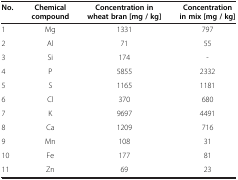
<table><thead><tr><td><b>No.</b></td><td><b>Chemical compound</b></td><td><b>Concentration in wheat bran [mg / kg]</b></td><td><b>Concentration in mix [mg / kg]</b></td></tr></thead><tbody><tr><td>1</td><td>Mg</td><td>1331</td><td>797</td></tr><tr><td>2</td><td>Al</td><td>71</td><td>55</td></tr><tr><td>3</td><td>Si</td><td>174</td><td>-</td></tr><tr><td>4</td><td>P</td><td>5855</td><td>2332</td></tr><tr><td>5</td><td>S</td><td>1165</td><td>1181</td></tr><tr><td>6</td><td>Cl</td><td>370</td><td>680</td></tr><tr><td>7</td><td>K</td><td>9697</td><td>4491</td></tr><tr><td>8</td><td>Ca</td><td>1209</td><td>716</td></tr><tr><td>9</td><td>Mn</td><td>108</td><td>31</td></tr><tr><td>10</td><td>Fe</td><td>177</td><td>81</td></tr><tr><td>11</td><td>Zn</td><td>69</td><td>23</td></tr></tbody></table>